Indian journal of veterinary science and animal husbandry - Volumes 15-17, 1948-1951
Year: 1948
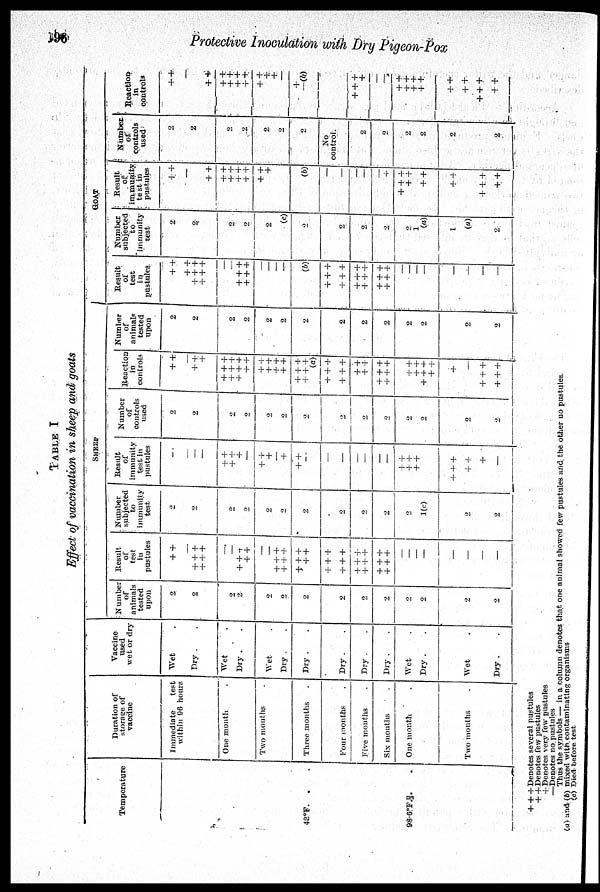
198
Protective Inoculation with Dry Pigeon-Pox
TABLE I
Effect of vaccination in sheep and goats
Temperature
42ºF.
.
98.6 º F. . .
Duration of
storage of
vaccine
Immediate
test
within 96 hours
One month
Two months
Three months
Four months
Five months
Six months
One month
Two months
Vaccine
used
wet or dry
Wet .
Dry . .
Wet .
Dry . .
Wet .
Dry . .
Dry . .
Dry . .
Dry . .
Dry . .
Wet .
Dry . .
Wet .
Dry . .
SHEEP
Number
of
animals
tested
upon
2
2
2
2
2
2
2
2
2
2
2
2
2
2
Result
of
test
in
pustules
+ +
—
+ + +
+ + +
—
—
+ + +
+ +
—
+ + +
+ + +
+ + +
+ +
+ + +
+ + +
+ + +
+ + +
+ + +
+ + +
—
—
—
—
—
—
—
Number
subjected
to
immunity
test,
2
2
2
2
2
2
2
2
2
2
2
1(c)
2
2
Result
of
immunity
test in
pustules
—
— —
—
+ +
+ +
+
—
+ +
+
— +
+ +
—
—
—
—
—
+ + +
+ +
+ +
+ + +
+ +
+
—
Number
of
controls
used
2
2
2
2
9
2
2
2
2
2
2
2
2
2
Reaction
in
controls
+ +
—
+ +
+
+ + +
+ + +
+ + +
+ +
+ +
+ +
+ +
+ +
+ + +
+ + +
(a)
+ + +
+ + +
+ +
+ +
+ + +
+ + +
+ +
+ +
+ + +
+ +
+
—
+ + +
+ + +
Number
of
animals
tested
upon
2
2
2
2
2
2
2
2
2
2
2
2
2
2
GOAT
Result
of
test
in
pustules.
+ +
+ +
+ + +
+ + +
—
— + + +
+ + +
—
—
—
(b)
+ + +
+ + +
+ + +
+ + +
+ + +
+ + +
—
—
—
—
—
—
—
—
Number
subjected
to
immunity
test
2
2
2
2
2
2
2
2
2
2
2
1
(a)
1
(a)
2
Result
of
immunity
test in
pustules
+ +
—
+ +
+ +
+ +
+ +
+ +
+ +
+
(b)
—
—
—
—
—
+
+ + +
+ +
+ +
+ +
+ + +
+ +
Number
of
controls
used
2
2
2
2
2
2
2
No
control.
2
2
2
2
2
2
Reaction
in
controls
+ +
—
+ +
+ +
+ +
+ +
+ +
+ +
+
+
+
—(b)
+ + +
+
—
+ +
+ +
+ +
+ +
+ +
+ +
+ + +
+ +
+ + + Denotes several pustules
+ + Denotes few pustules
+
Denotes very few pustules
—Denotes no pustules
Thus the symbols — in a colunu denotes that one animal showed few pustules and the other no pustules
(a) and (b) mixed with contaminating organisms
(c) Died before test